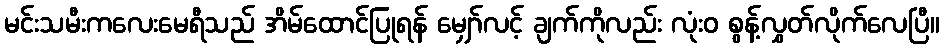
မင်းသမီးကလေးမေရီသည် အိမ်ထောင်ပြုရန် မျှော်လင့် ချက်ကိုလည်း လုံးဝ စွန့်လွှတ်လိုက်လေပြီ။